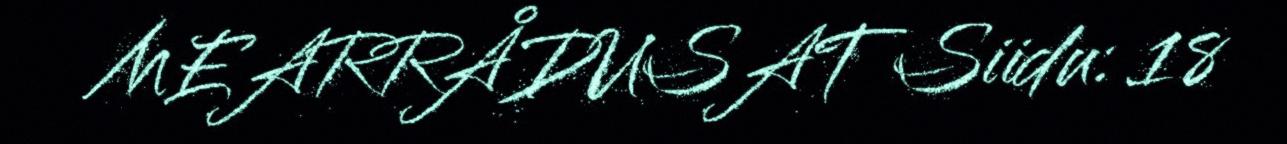
MEARRÅDUSAT Siidu: 18